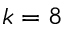
k = 8